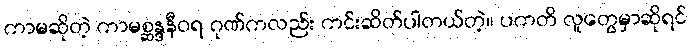
ကာမဆိုတဲ့ ကာမစ္ဆန္ဒနီဝရ ဂုဏ်ကလည်း ကင်းဆိတ်ပါတယ်တဲ့။ ပကတိ လူတွေမှာဆိုရင်